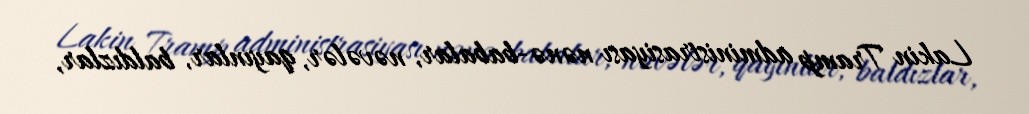
Lakin Tramp administrasiyası nənə-babalar, nəvələr, qayınlar, baldızlar,